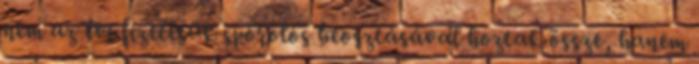
nem az évi fizetésük spórolós beosztásával hoztak össze, hanem